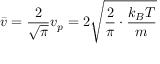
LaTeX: \quad { \bar { v } } = { \frac { 2 } { \sqrt { \pi } } } v _ { p } = 2 { \sqrt { { \frac { 2 } { \pi } } \cdot { \frac { k _ { B } T } { m _ { } } } } }